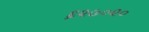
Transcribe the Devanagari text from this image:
६२७०२०